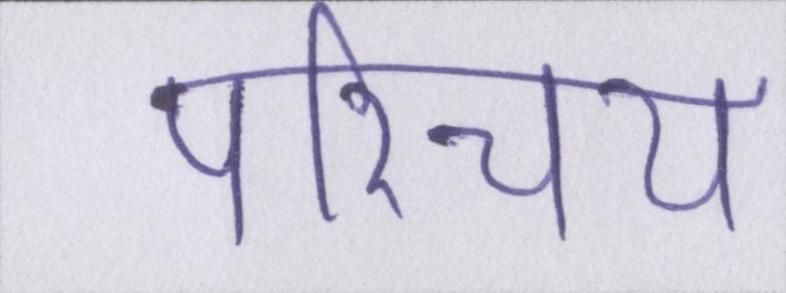
परिचय